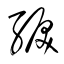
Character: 綟